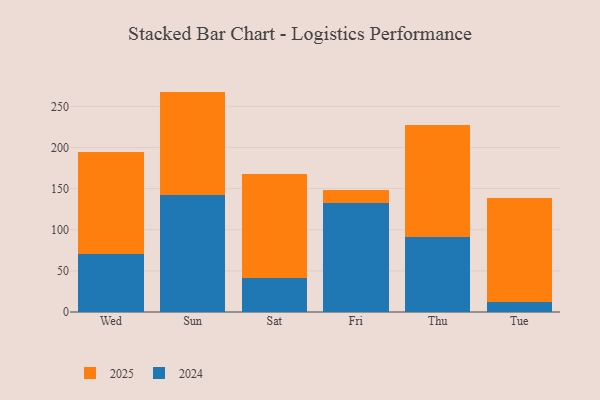
{"axis": {"x": "Day", "y": "Inventory Turnover"}, "legend": ["2024", "2025"], "data": [{"x": "Wed", "y": 124.7, "type": "2025"}, {"x": "Wed", "y": 70.1, "type": "2024"}, {"x": "Sun", "y": 125.3, "type": "2025"}, {"x": "Sun", "y": 142.6, "type": "2024"}, {"x": "Sat", "y": 126.8, "type": "2025"}, {"x": "Sat", "y": 40.8, "type": "2024"}, {"x": "Fri", "y": 15.6, "type": "2025"}, {"x": "Fri", "y": 132.1, "type": "2024"}, {"x": "Thu", "y": 135.6, "type": "2025"}, {"x": "Thu", "y": 91.7, "type": "2024"}, {"x": "Tue", "y": 126.4, "type": "2025"}, {"x": "Tue", "y": 12.7, "type": "2024"}]}